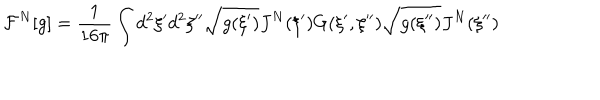
{ \mathcal { F } ^ { N } } [ g ] = { \frac { 1 } { 1 6 \pi } } \int { d ^ { 2 } } \xi ^ { \prime } { d ^ { 2 } } \xi ^ { \prime \prime } \sqrt { g ( \xi ^ { \prime } ) } { J ^ { N } } ( \xi ^ { \prime } ) G ( \xi ^ { \prime } , \xi ^ { \prime \prime } ) \sqrt { g ( \xi ^ { \prime \prime } ) } { J ^ { N } } ( \xi ^ { \prime \prime } )